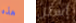
هذه أسئل